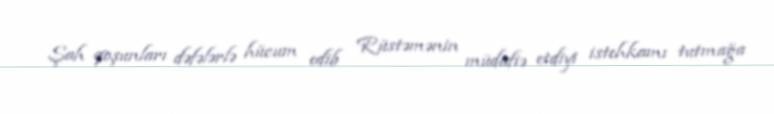
Şah qoşunları dəfələrlə hücum edib Rüstəmənin müdafiə etdiyi istehkamı tutmağa